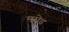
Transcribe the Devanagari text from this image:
मरोड